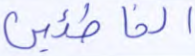
الخاطئين